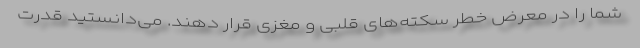
شما را در معرض خطر سکته‌های قلبی و مغزی قرار دهند. می‌دانستید قدرت